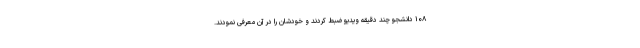
۱۰۸ دانشجو چند دقیقه ویدیو ضبط کردند و خودشان را در آن معرفی نمودند.